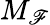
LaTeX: M_{\mathscr{F}}